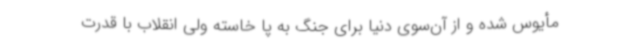
مأیوس شده و از آن‌سوی دنیا برای جنگ به پا خاسته ولی انقلاب با قدرت